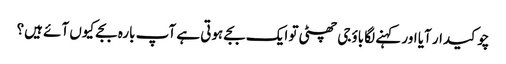
چوکیدار آیا اور کہنے لگا باؤجی چھٹی تو ایک بجے ہوتی ہے آپ بارہ بجے کیوں آئے ہیں؟